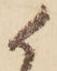
候